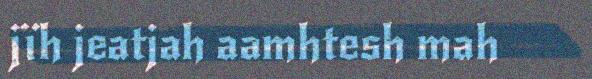
jïh jeatjah aamhtesh mah